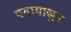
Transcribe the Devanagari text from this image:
पदापासुन